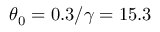
\theta _ { 0 } = 0 . 3 / \gamma = 1 5 . 3